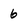
Character: 6